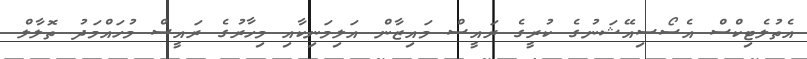
އެތުލެޓިކްސް އެސޯސިއޭޝަނުގެ ކުރީގެ ރައީސް މައިޒާން އަލިމަނިކާއި މިހާރުގެ ރައީސް މުހައްމަދު ތޮލާލް